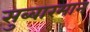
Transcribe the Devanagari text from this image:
सुब्बारमान